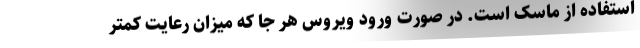
استفاده از ماسک است. در صورت ورود ویروس هر جا که میزان رعایت کمتر